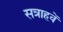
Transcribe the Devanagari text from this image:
सत्राहवें